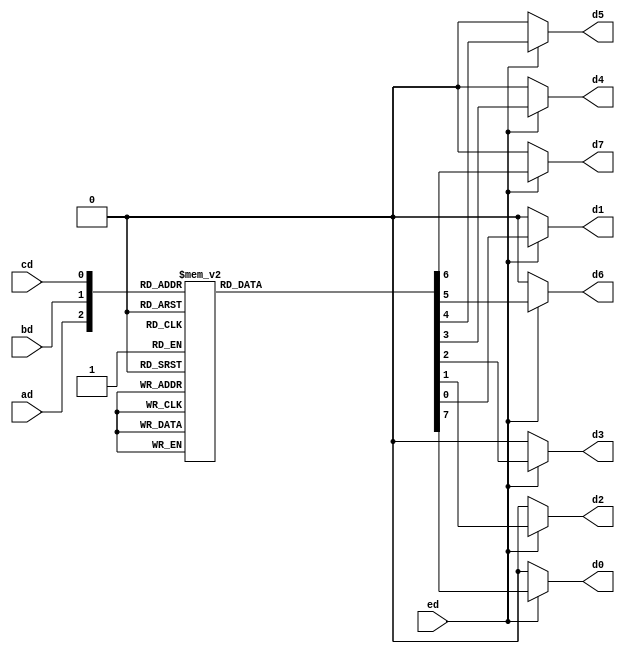
`timescale 1ns / 1ps
//////////////////////////////////////////////////////////////////////////////////
// Company: 
// Engineer: 
// 
// Design Name: 
// Module Name: DecoderBehavioral
// Project Name: 
// Target Devices: 
// Tool Versions: 
// Description: 
// 
// Dependencies: 
// 
// Revision:
// Revision 0.01 - File Created
// Additional Comments:
// 
//////////////////////////////////////////////////////////////////////////////////


module DecoderBehavioral(
    input ed,
    input ad,
    input bd,
    input cd,
    output reg d0,
    output reg d1,
    output reg d2,
    output reg d3,
    output reg d4,
    output reg d5,
    output reg d6,
    output reg d7
    );
    
    always@(ed,ad,bd,cd)
    begin
    
    d0=1'b0; d1=1'b0; d2=1'b0; d3=1'b0; d4=1'b0; d5=1'b0; d6=1'b0; d7=1'b0;
    
    if(ed==1'b1)
        case({ad,bd,cd})
        3'b000 : d0=1'b1;
        3'b001 : d1=1'b1;
        3'b010 : d2=1'b1;
        3'b011 : d3=1'b1;
        3'b100 : d4=1'b1;
        3'b101 : d5=1'b1;
        3'b110 : d6=1'b1;
        3'b111 : d7=1'b1;
        default : begin
             d0=1'b0; d1=1'b0; d2=1'b0; d3=1'b0; d4=1'b0; d5=1'b0; d6=1'b0; d7=1'b0;
                  end
        endcase
    end
    
endmodule